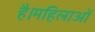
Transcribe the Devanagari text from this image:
है।महिलाओं